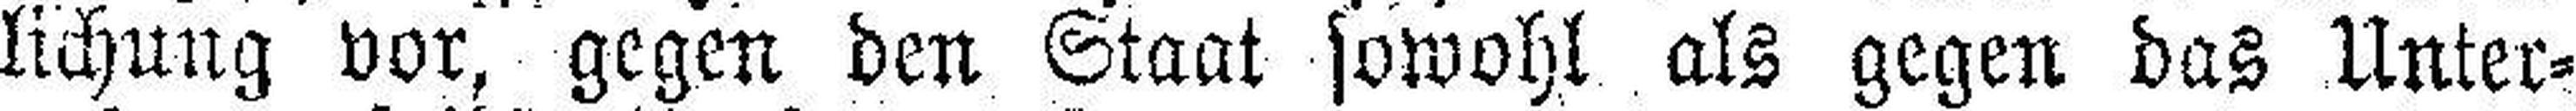
lichung vor, gegen den Staat sowohl als gegen das Unter¬